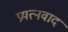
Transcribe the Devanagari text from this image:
प्रयत्नवाद